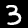
Digit: 3